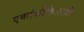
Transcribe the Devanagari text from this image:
एकांकीकेलाही